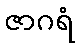
ဇာဂရံ